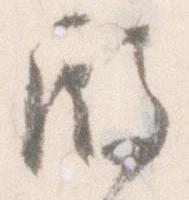
殿